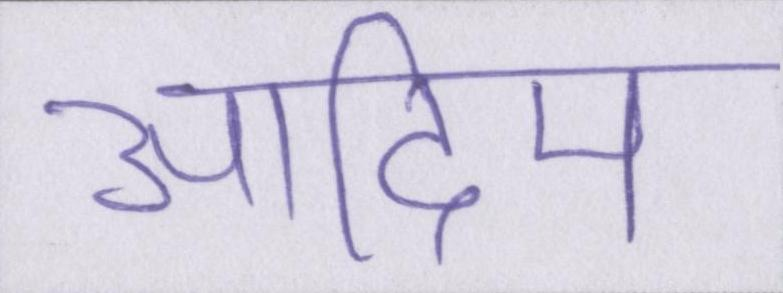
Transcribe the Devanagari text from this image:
आदिम